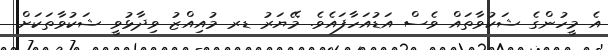
އެ މީހުންގެ ޝަކުވާތައް ވެސް އަޑުއަހާފައެވެ. މޭޔަރު ޑރ މުއިއްޒު ވިދާޅުވީ ޝަކުވާތަކަށް